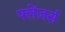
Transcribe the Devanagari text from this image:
फ्लेंजर्स